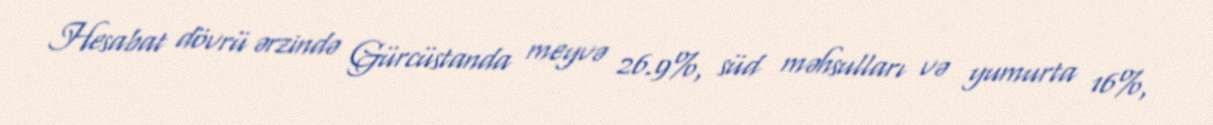
Hesabat dövrü ərzində Gürcüstanda meyvə 26.9%, süd məhsulları və yumurta 16%,